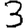
Digit: 3